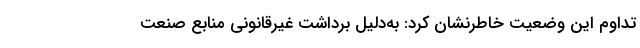
تداوم این وضعیت خاطرنشان کرد: به‌دلیل برداشت غیرقانونی منابع صنعت